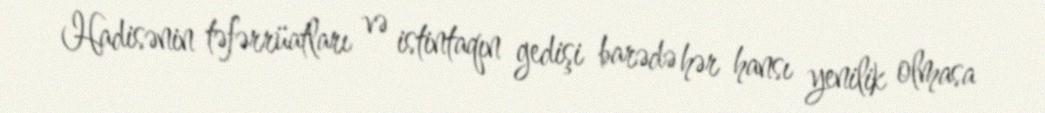
Hadisənin təfərrüatları və istintaqın gedişi barədə hər hansı yenilik olmasa